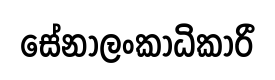
සේනාලංකාධිකාරී